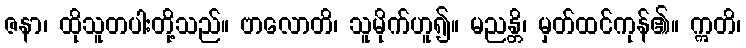
ဇနာ၊ ထိုသူတပါးတို့သည်။ ဗာလောတိ၊ သူမိုက်ဟူ၍။ မညန္တိ၊ မှတ်ထင်ကုန်၏။ ဣတိ၊